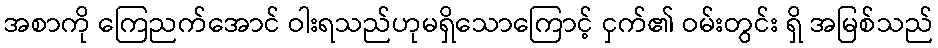
အစာကို ကြေညက်အောင် ဝါးရသည်ဟုမရှိသောကြောင့် ငှက်၏ ဝမ်းတွင်း ရှိ အမြစ်သည်